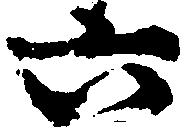
六